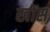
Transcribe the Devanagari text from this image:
खोंस